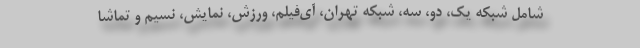
شامل شبکه یک، دو، سه، شبکه تهران، آی‌فیلم، ورزش، نمایش، نسیم و تماشا